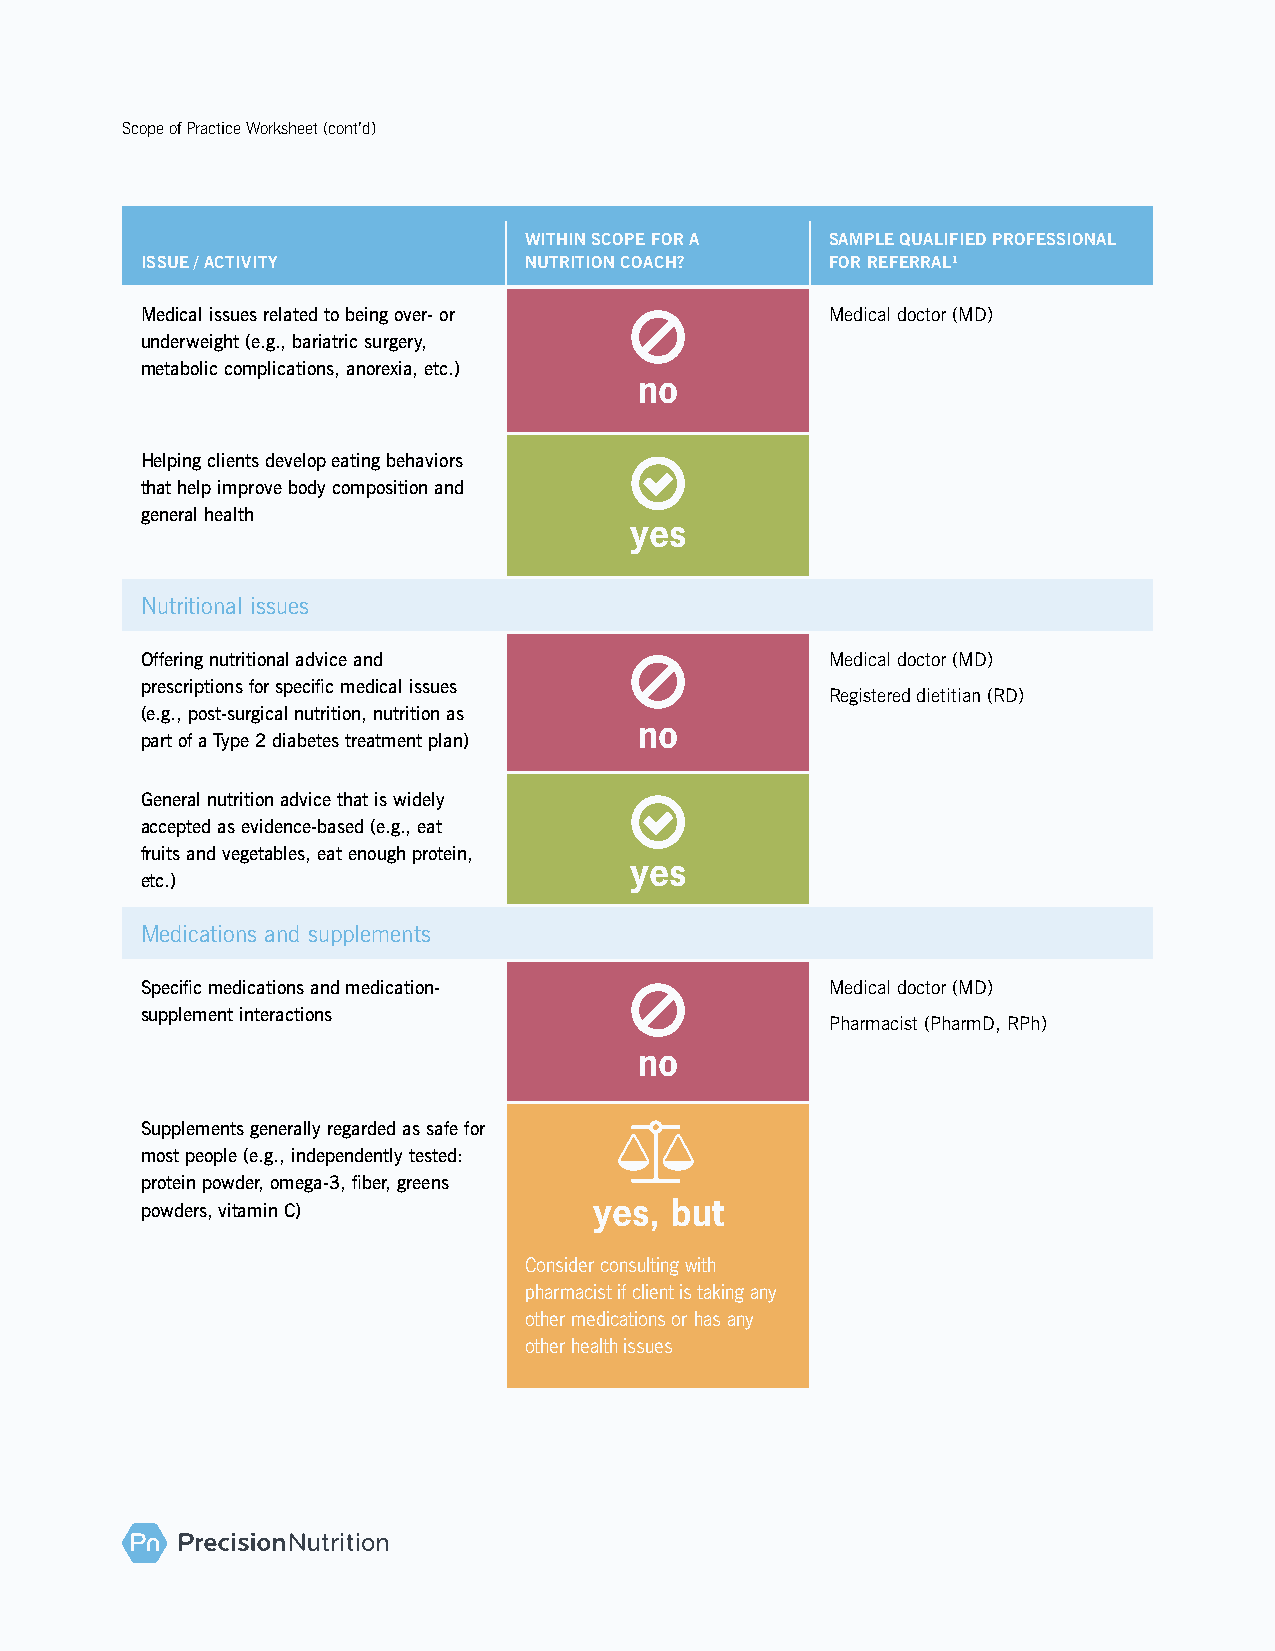
Scope of Practice Worksheet (cont’d)
 WITHIN SCOPE FOR A  SAMPLE QUALIFIED PROFESSIONAL
 ISSUE / ACTIVITY          NUTRITION COACH?    FOR REFERRAL1
 Medical issues related to being over- or     Medical doctor (MD)
 underweight (e.g., bariatric surgery,
 metabolic complications, anorexia, etc.)
 no
 Helping clients develop eating behaviors 
 that help improve body composition and
 general health
 yes
 Nutritional issues
 Offering nutritional advice and              Medical doctor (MD)
 prescriptions for specific medical issues
 Registered dietitian (RD)
 (e.g., post-surgical nutrition, nutrition as
 no
 part of a Type 2 diabetes treatment plan)
 General nutrition advice that is widely 
 accepted as evidence-based (e.g., eat
 fruits and vegetables, eat enough protein,
 yes
 etc.)
 Medications and supplements
 Specific medications and medication-         Medical doctor (MD)
 supplement interactions
 Pharmacist (PharmD, RPh)
 no
 Supplements generally regarded as safe for 
 most people (e.g., independently tested:
 protein powder, omega-3, fiber, greens
 powders, vitamin C)           yes, but
 Consider consulting with
 pharmacist if client is taking any
 other medications or has any
 other health issues